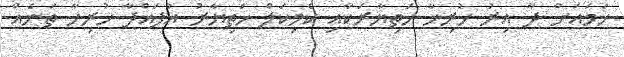
ހަމައަށް ދާ އިރު ހުރިހާ ހަތިޔާރަކާއި ކެމިކަލް ހަތިޔާރު އުފައްދާ ހުރިހާ ތަނެއް